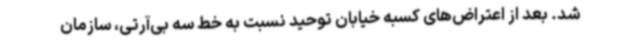
شد. بعد از اعتراض‌های کسبه خیابان توحید نسبت به خط سه بی‌آرتی، سازمان